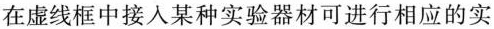
在虚线框中接人某种实验器材可进行相应的实